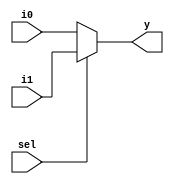
//2:1mux using ternary operator
`timescale 1ns/1ps

module MUX2TO1(i0,i1,sel,y);
input i0,i1,sel;
output y;
assign y=sel?i1:i0;
endmodule



//Another method using behavioral modeling


/*module mux2to1 (
    input wire a,    // First input
    input wire b,    // Second input
    input wire sel,  // Select input
    output reg y     // Output
);
    // Always block to model the behavior of the multiplexer
    always @(*) begin
        if (sel)
            y = b;
        else
            y = a;
    end
endmodule
 */